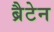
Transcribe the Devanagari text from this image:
ब्रैटेन